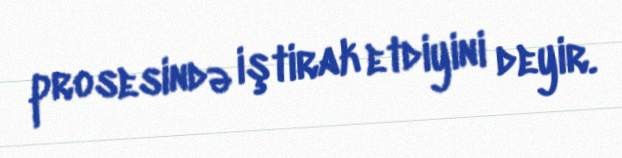
prosesində iştirak etdiyini deyir.